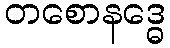
တစောနဒ္ဓေ